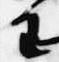
王